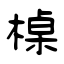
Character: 槕